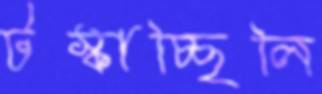
টস্‌কাচ্ছিলি